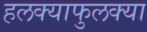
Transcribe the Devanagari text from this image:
हलक्याफुलक्या